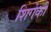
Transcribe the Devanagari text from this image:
शिगेकी